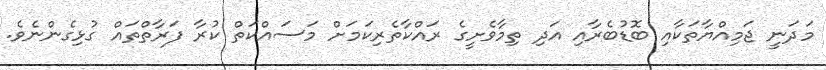
މަދަނީ ޖަމިއްޔާތަކާއި ބޮޑުބެރާއި އަދި ތިމާވެށީގެ ރައްކާތެރިކަމަށް މަސައްކަތް ކުރާ ފަރާތްތައް ގުޅިގެންނެވެ.